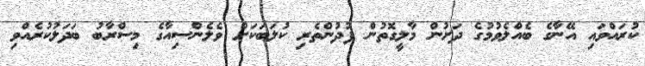
ކުރައްވައި އޭނާގެ ބެއްލެވުމުގެ ދަށުން މާލީގޮތުން ފުދުންތެރި ކުލަބަކަށް ވެލެންސިއާގެ މިސްރާބު ބަދަލުކުރެއްވި